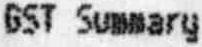
GST SUMMARY